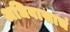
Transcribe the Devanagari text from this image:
अधिवासाचं